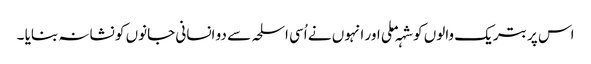
اس پر بتریک والوں کو شہہ ملی اور انہوں نے اُسی اسلحہ سے دو انسانی جانوں کو نشانہ بنایا ۔